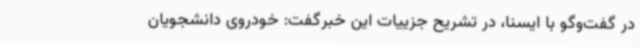
در گفت‌وگو با ایسنا، در تشریح جزییات این خبرگفت: خودروی دانشجویان